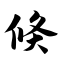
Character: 倏